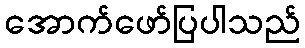
အောက်ဖော်ပြပါသည်